Lunatic asylums Central Provinces reports 1886-1894 - 1886-1894
Year: 1886
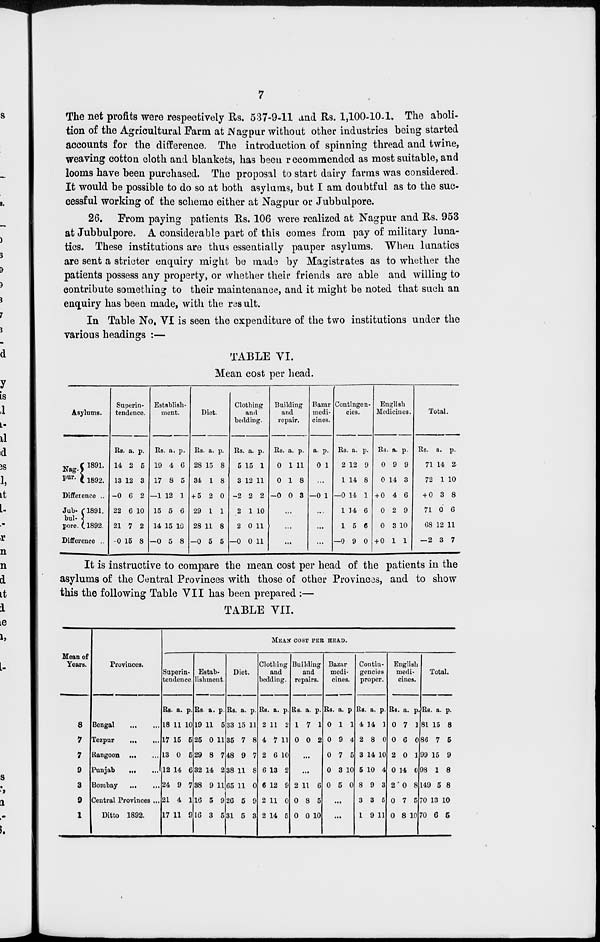
7
The net profits were respectively Rs. 537-9-11 and Rs. 1,100-10-1. The aboli-
tion of the Agricultural Farm at Nagpur without other industries being started
accounts for the difference. The introduction of spinning thread and twine,
weaving cotton cloth and blankets, has been recommended as most suitable, and
looms have been purchased. The proposal to start dairy farms was considered.
It would be possible to do so at both asylums, but I am doubtful as to the suc-
cessful working of the scheme either at Nagpur or Jubbulpore.
26. From paying patients Rs. 106 were realized at Nagpur and Rs. 953
at Jubbulpore. A considerable part of this comes from pay of military luna-
tics. These institutions are thus essentially pauper asylums. When lunatics
are sent a stricter enquiry might be made by Magistrates as to whether the
patients possess any property, or whether their friends are able and willing to
contribute something to their maintenance, and it might be noted that such an
enquiry has been made, with the result.
In Table No. VI is seen the expenditure of the two institutions under the
various headings :—
TABLE VI.
Mean cost per head.
Asylums.
Nag.
pur.
1891.
1892.
Difference ...
Jub-
bul-
pore.
1891
1892.
Difference ..
Superin-
tendence.
Rs.
14
13
—0
22
21
—0
a.
2
12
6
6
7
15
p.
5
3
2
10
2
8
Establish-
ment.
Rs.
19
17
—1
15
14
—0
a.
4
8
12
5
15
5
p.
6
5
1
6
10
8
Diet.
Rs.
28
34
+ 5
29
28
—0
a.
15
1
2
1
11
5
p.
8
8
0
1
8
5
Clothing
and
bedding.
Rs.
5
3
—2
2
2
—0
a.
15
12
2
1
0
0
p.
1
11
2
10
11
11
Building
and
repair.
Rs.
0
0
—0
a.
1
1
0
p.
11
8
3
...
...
...
Bazar
medi-
cines.
a.
0
p.
1
...
—0 1
...
...
...
Contingen-
cies.
Rs
2
1
—0
1
1
—0
a.
12
14
14
14
5
9
p.
9
8
1
6
6
0
English
Medicines.
Rs
0
0
+ 0
0
0
+ 0
a.
9
14
4
2
3
1
p.
9
3
6
9
10
1
Total.
Rs.
71
72
+ 0
71
68
—2
a.
14
1
3
0
12
3
p.
2
10
8
6
11
7
It is instructive to compare the mean cost per head of the patients in the
asylums of the Central Provinces with those of other Provinces, and to show
this the following Table VII has been prepared :—
TABLE VII.
Mean of
Years.
8
7
7
9
3
9
1
Provinces.
Bengal
...
...
Tezpur ... ...
Rangoon
...
...
Punjab
...
...
Bombay
...
...
Central Provinces ...
Ditto 1892.
MEAN COST PER HEAD.
Superin-
tendence.
Rs.
18
17
13
12
24
21
17
a.
11
15
0
14
9
4
11
p.
10
5
5
6
7
1
9
Estab-
lishment.
Rs
19
25
29
32
38
16
16
a.
11
0
8
14
9
5
3
p.
5
11
7
2
11
9
5
Diet.
Rs.
33
35
48
38
65
26
31
a.
15
7
9
11
11
5
5
p.
11
8
7
8
0
9
3
Clothing
and
bedding.
Rs.
2
4
2
6
6
2
2
a.
11
7
6
13
12
11
14
p.
2
11
10
2
9
0
5
Building
and
repairs.
Rs.
1
0
a.
7
0
p.
1
2
...
...
2
0
0
11
8
0
6
5
10
Bazar
medi-
cines.
Rs.
0
0
0
0
0
a.
1
9
7
3
5
p.
1
4
5
10
0
...
...
Contin-
gencies
proper.
Rs.
4
2
3
5
8
3
1
a.
14
8
14
10
9
3
9
p.
1
0
10
4
3
5
11
English
medi-
cines.
Rs.
0
0
2
0
2
0
0
a.
7
6
0
14
0
7
8
p.
1
0
1
0
8
5
10
Total.
Rs.
81
86
99
98
149
70
70
a.
15
7
15
1
5
13
6
p.
8
5
9
8
8
10
5